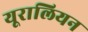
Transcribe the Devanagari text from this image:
यूरालियन